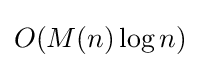
O(M(n)\log n)